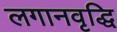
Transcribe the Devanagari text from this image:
लगानवृद्धि